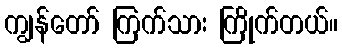
ကျွန်တော် ကြက်သား ကြိုက်တယ်။